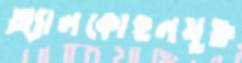
অ্যালকোহলযুক্ত